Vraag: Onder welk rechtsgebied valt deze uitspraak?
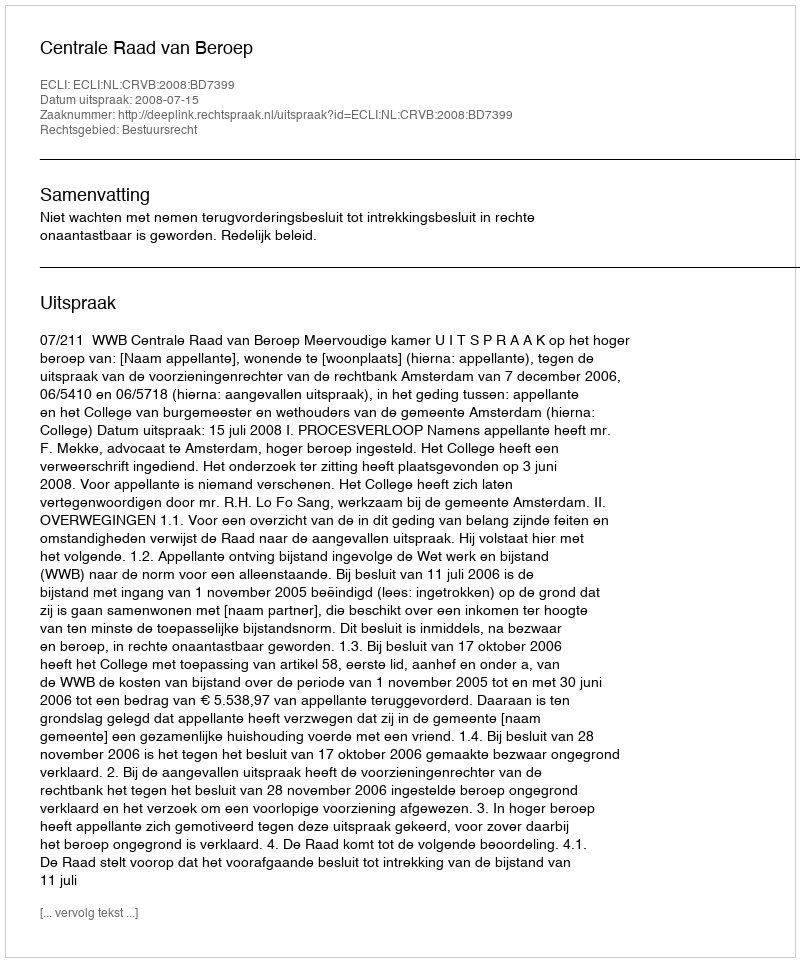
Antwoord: Bestuursrecht